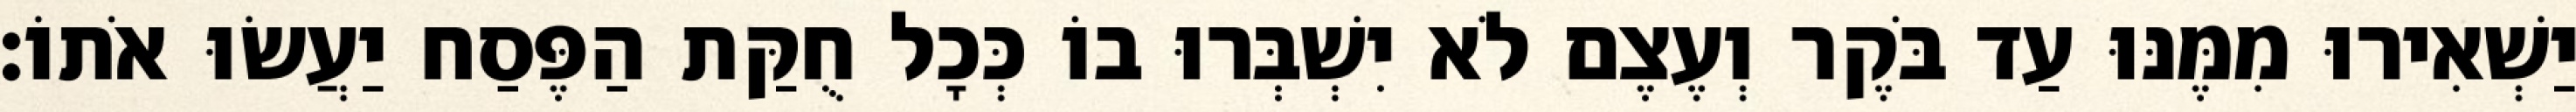
יַשְׁאִירוּ מִמֶּנּוּ עַד בֹּקֶר וְעֶצֶם לֹא יִשְׁבְּרוּ בוֹ כְּכָל חֻקַּת הַפֶּסַח יַעֲשׂוּ אֹתוֹ׃